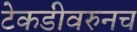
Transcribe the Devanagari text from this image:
टेकडीवरुनच